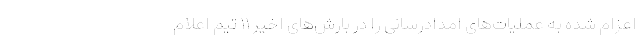
اعزام شده به عملیات‌های امدادرسانی را در بارش‌های اخیر ۱۱ تیم اعلام